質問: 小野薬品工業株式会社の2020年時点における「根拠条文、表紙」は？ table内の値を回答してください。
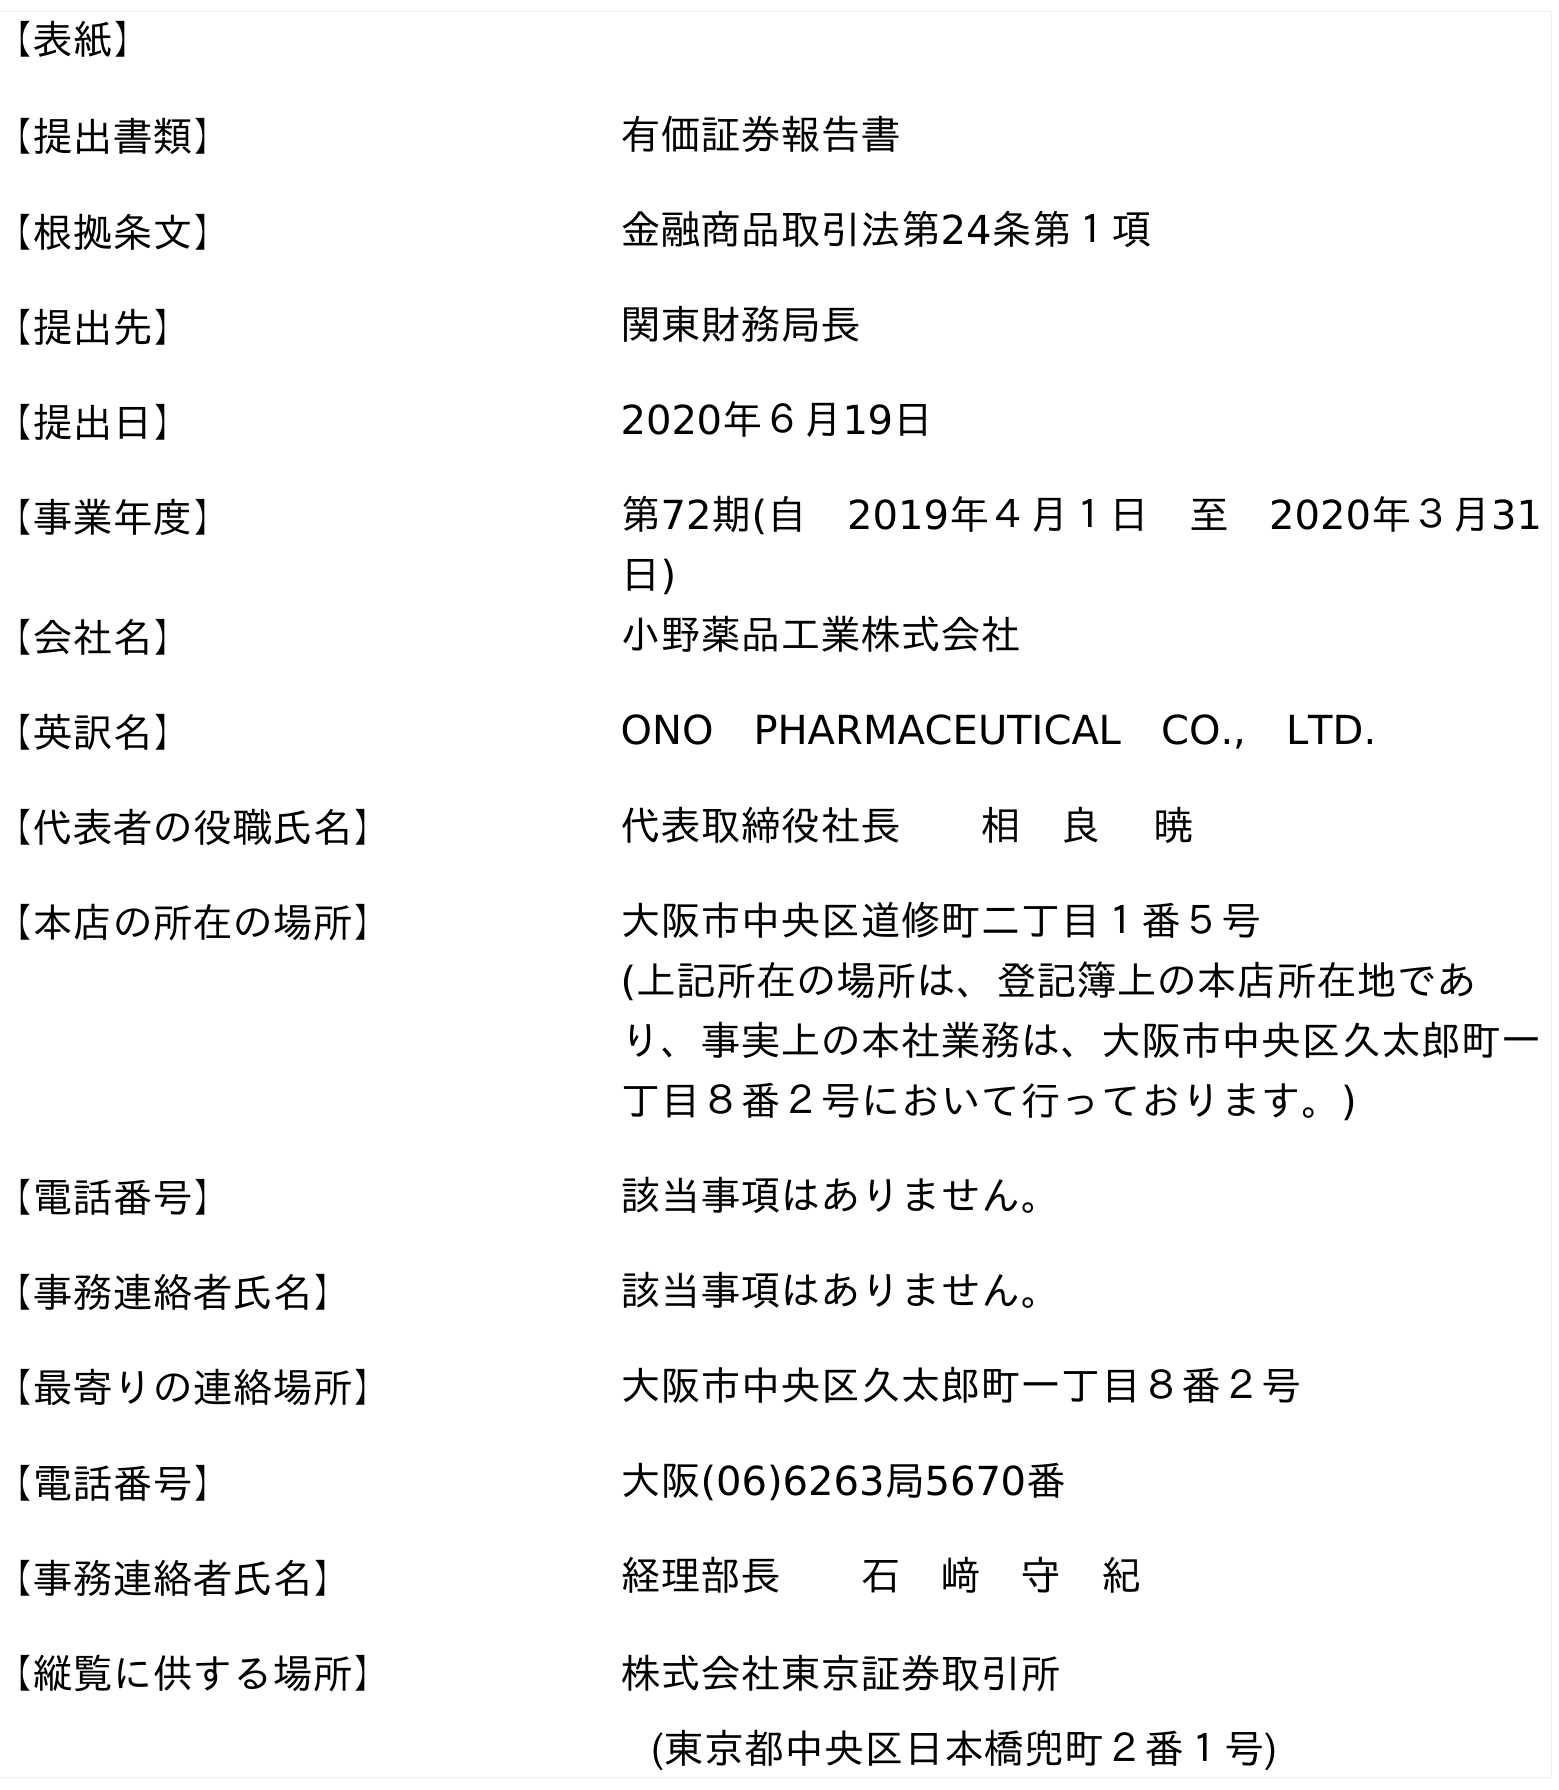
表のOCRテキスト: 【表紙】 【提出書類】 有価証券報告書 【根拠条文】 金融商品取引法第24条第１項 【提出先】 関東財務局長 【提出日】 2020年６月19日 【事業年度】 第72期(自 2019年４月１日 至 2020年３月31 日) 【会社名】 小野薬品工業株式会社 【英訳名】 ONO PHARMACEUTICAL CO., LTD. 【代表者の役職氏名】 代表取締役社長  相 良  暁 【本店の所在の場所】 大阪市中央区道修町二丁目１番５号 (上記所在の場所は、登記簿上の本店所在地であ り、事実上の本社業務は、大阪市中央区久太郎町一 丁目８番２号において行っております。) 【電話番号】 該当事項はありません。 【事務連絡者氏名】 該当事項はありません。 【最寄りの連絡場所】 大阪市中央区久太郎町一丁目８番２号 【電話番号】 大阪(06)6263局5670番 【事務連絡者氏名】 経理部長  石 﨑 守 紀 【縦覧に供する場所】 株式会社東京証券取引所 (東京都中央区日本橋兜町２番１号)
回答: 金融商品取引法第24条第１項